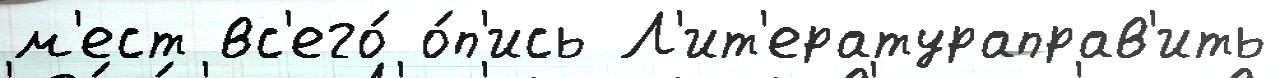
м'ест вс'его́ о́п'ись Л'ит'ератураправ'ить